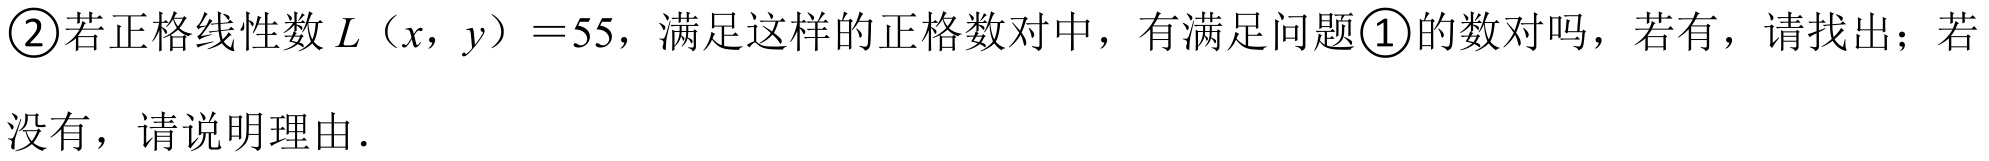
\textcircled{2}若正格线性数$L（x,y） = 55$，满足这样的正格数对中，有满足问题\textcircled{1}的数对吗，若有，请找出；若
没有，请说明理由.